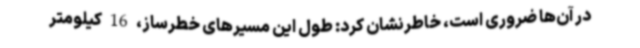
در آن‌ها ضروری است، خاطرنشان کرد: طول این مسیرهای خطرساز، 16 کیلومتر